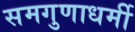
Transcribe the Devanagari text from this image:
समगुणाधर्मी